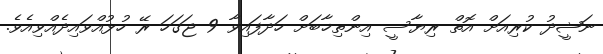
ނަޝީދު ކުރިއަށް އޮތް ރިޔާސީ އިންތިޚާބަަށް ހަދާފައިވާ 9 ޖަގަހަ ރޭ ހުޅުއްވައިދެއްވިއެވެ.